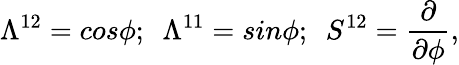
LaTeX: \Lambda^{12}=cos\phi;~~\Lambda^{11}=sin\phi;~~S^{12}={\frac{\partial}{\partial\phi}},